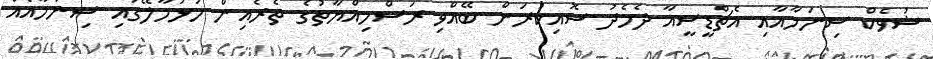
ޝުވެކް ސިނަމާއާއި އެޗްޑީސީއާ ދެމެދު ސޮއިކުރަން ބޭއްވި ރަސްމިއްޔާތުގެ ތެރެއިން ހުޅުމާލޭގައި ސިނަމާއެއް